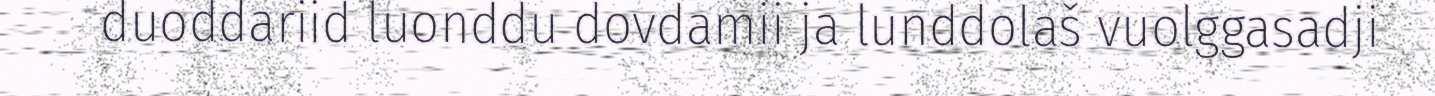
duoddariid luonddu dovdamii ja lunddolaš vuolggasadji